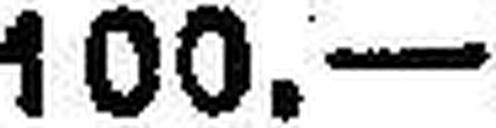
100.—